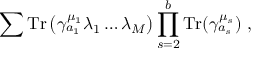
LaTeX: \sum \mathrm { T r } \left( \gamma _ { a _ { 1 } } ^ { \mu _ { 1 } } \lambda _ { 1 } \dots \lambda _ { M } \right) \prod _ { s = 2 } ^ { b } \mathrm { T r } ( \gamma _ { a _ { s } } ^ { \mu _ { s } } ) ~ ,